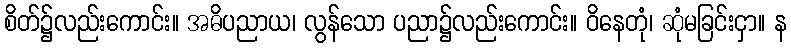
စိတ်၌လည်းကောင်း။ အဓိပညာယ၊ လွန်သော ပညာ၌လည်းကောင်း။ ဝိနေတုံ၊ ဆုံမခြင်းငှာ။ န